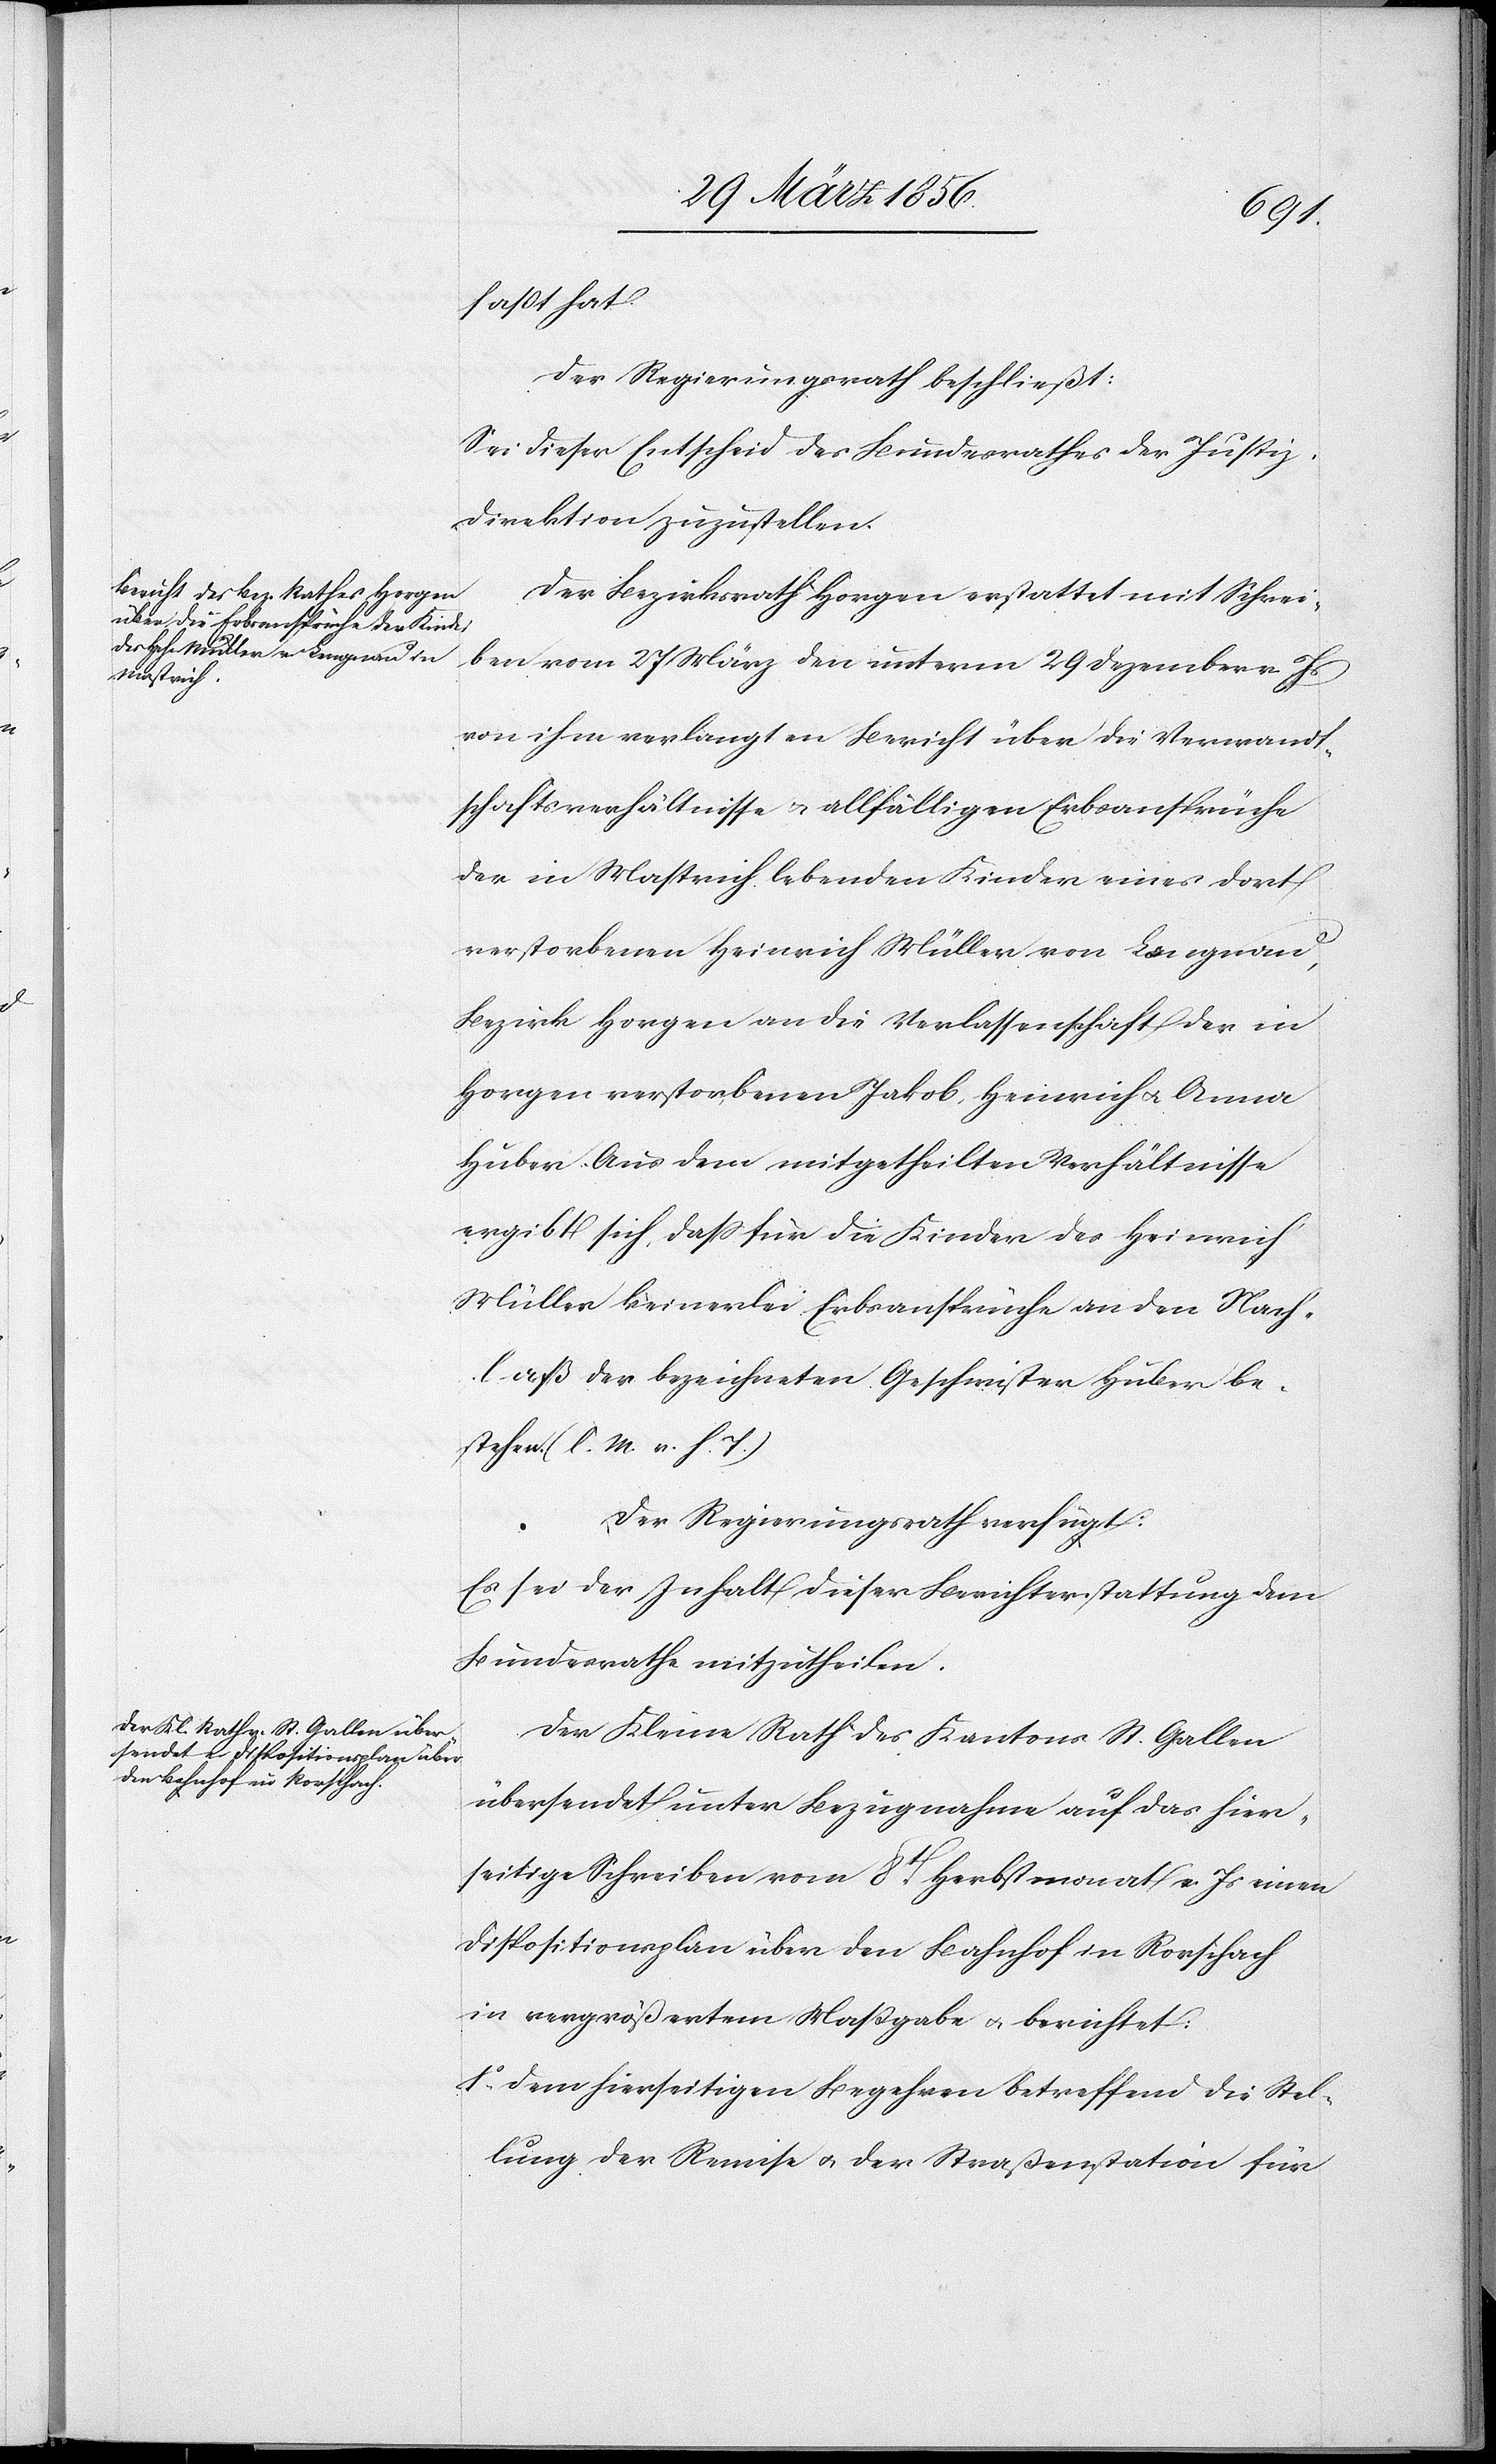
faßt hat.
Der Regierungsrath beschließt:
Sei dieser Entscheid des Bundesrathes der Justiz¬
direktion zuzustellen.
Der Bezirksrath Horgen erstattet mit Schrei¬
ben vom 27 März den unterm 29 Dezember v. Js
von ihm verlangten Bericht über die Verwandt¬
schaftsverhältnisse u. allfälligen Erbsansprüche
der in Mastrich lebenden Kinder eines dort
verstorbenen Heinrich Müller von Langnau,
Bezirk Horgen an die Verlassenschaft der in
Horgen verstorbenen Jakob, Heinrich u. Anna
Huber. Aus dem mitgetheilten Verhältnisse
ergibt sich, daß für die Kinder des Heinrich
Müller keinerlei Erbsansprüche an den Nach¬
laß der bezeichneten Geschwister Huber be¬
stehen. (l. M. v. h. T.)
Der Regierungsrath verfügt:
Es sei der Inhalt dieser Berichterstattung dem
Bundesrathe mitzutheilen.
Der Kleine Rath des Kantons St. Gallen
übersendet unter Bezugnahme auf das hier¬
seitige Schreiben vom 8t Herbstmonat v. Js einen
Dispositionsplan über den Bahnhof in Rorschach
in vergrößertem Massgabe [sic!] u. berichtet:
1o, Dem hierseitigen Begehren betreffend die Stel¬
lung der Remise u. der Straßenstation für